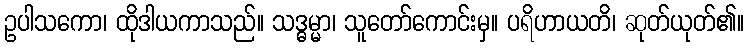
ဥပါသကော၊ ထိုဒါယကာသည်။ သဒ္ဓမ္မာ၊ သူတော်ကောင်းမှ။ ပရိဟာယတိ၊ ဆုတ်ယုတ်၏။